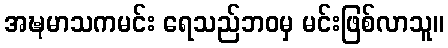
အဍ္ဎမာသကမင်း ရေသည်ဘဝမှ မင်းဖြစ်လာသူ။